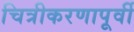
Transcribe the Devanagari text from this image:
चित्रीकरणापूर्वी